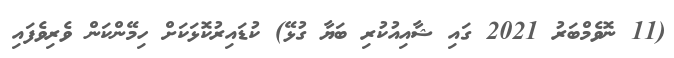
(11 ނޮވެމްބަރު 2021 ގައި ޝާއިއުކުރި ބަޔާ ގުޅޭ) ކުޑައިރުކޮޅަކަށް ހިމޭންކަން ވެރިވެފައި